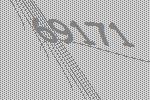
69171